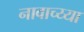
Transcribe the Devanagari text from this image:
नावाच्य्या